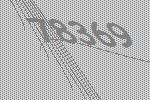
78369